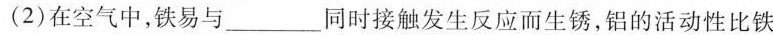
(2)在空气中，铁易与_____同时接触发生反应而生锈，铝的活动性比铁